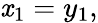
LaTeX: \mathit{x}_{1}=y_{1},